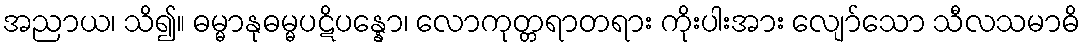
အညာယ၊ သိ၍။ ဓမ္မာနုဓမ္မပဋိပန္နော၊ လောကုတ္တရာတရား ကိုးပါးအား လျော်သော သီလသမာဓိ